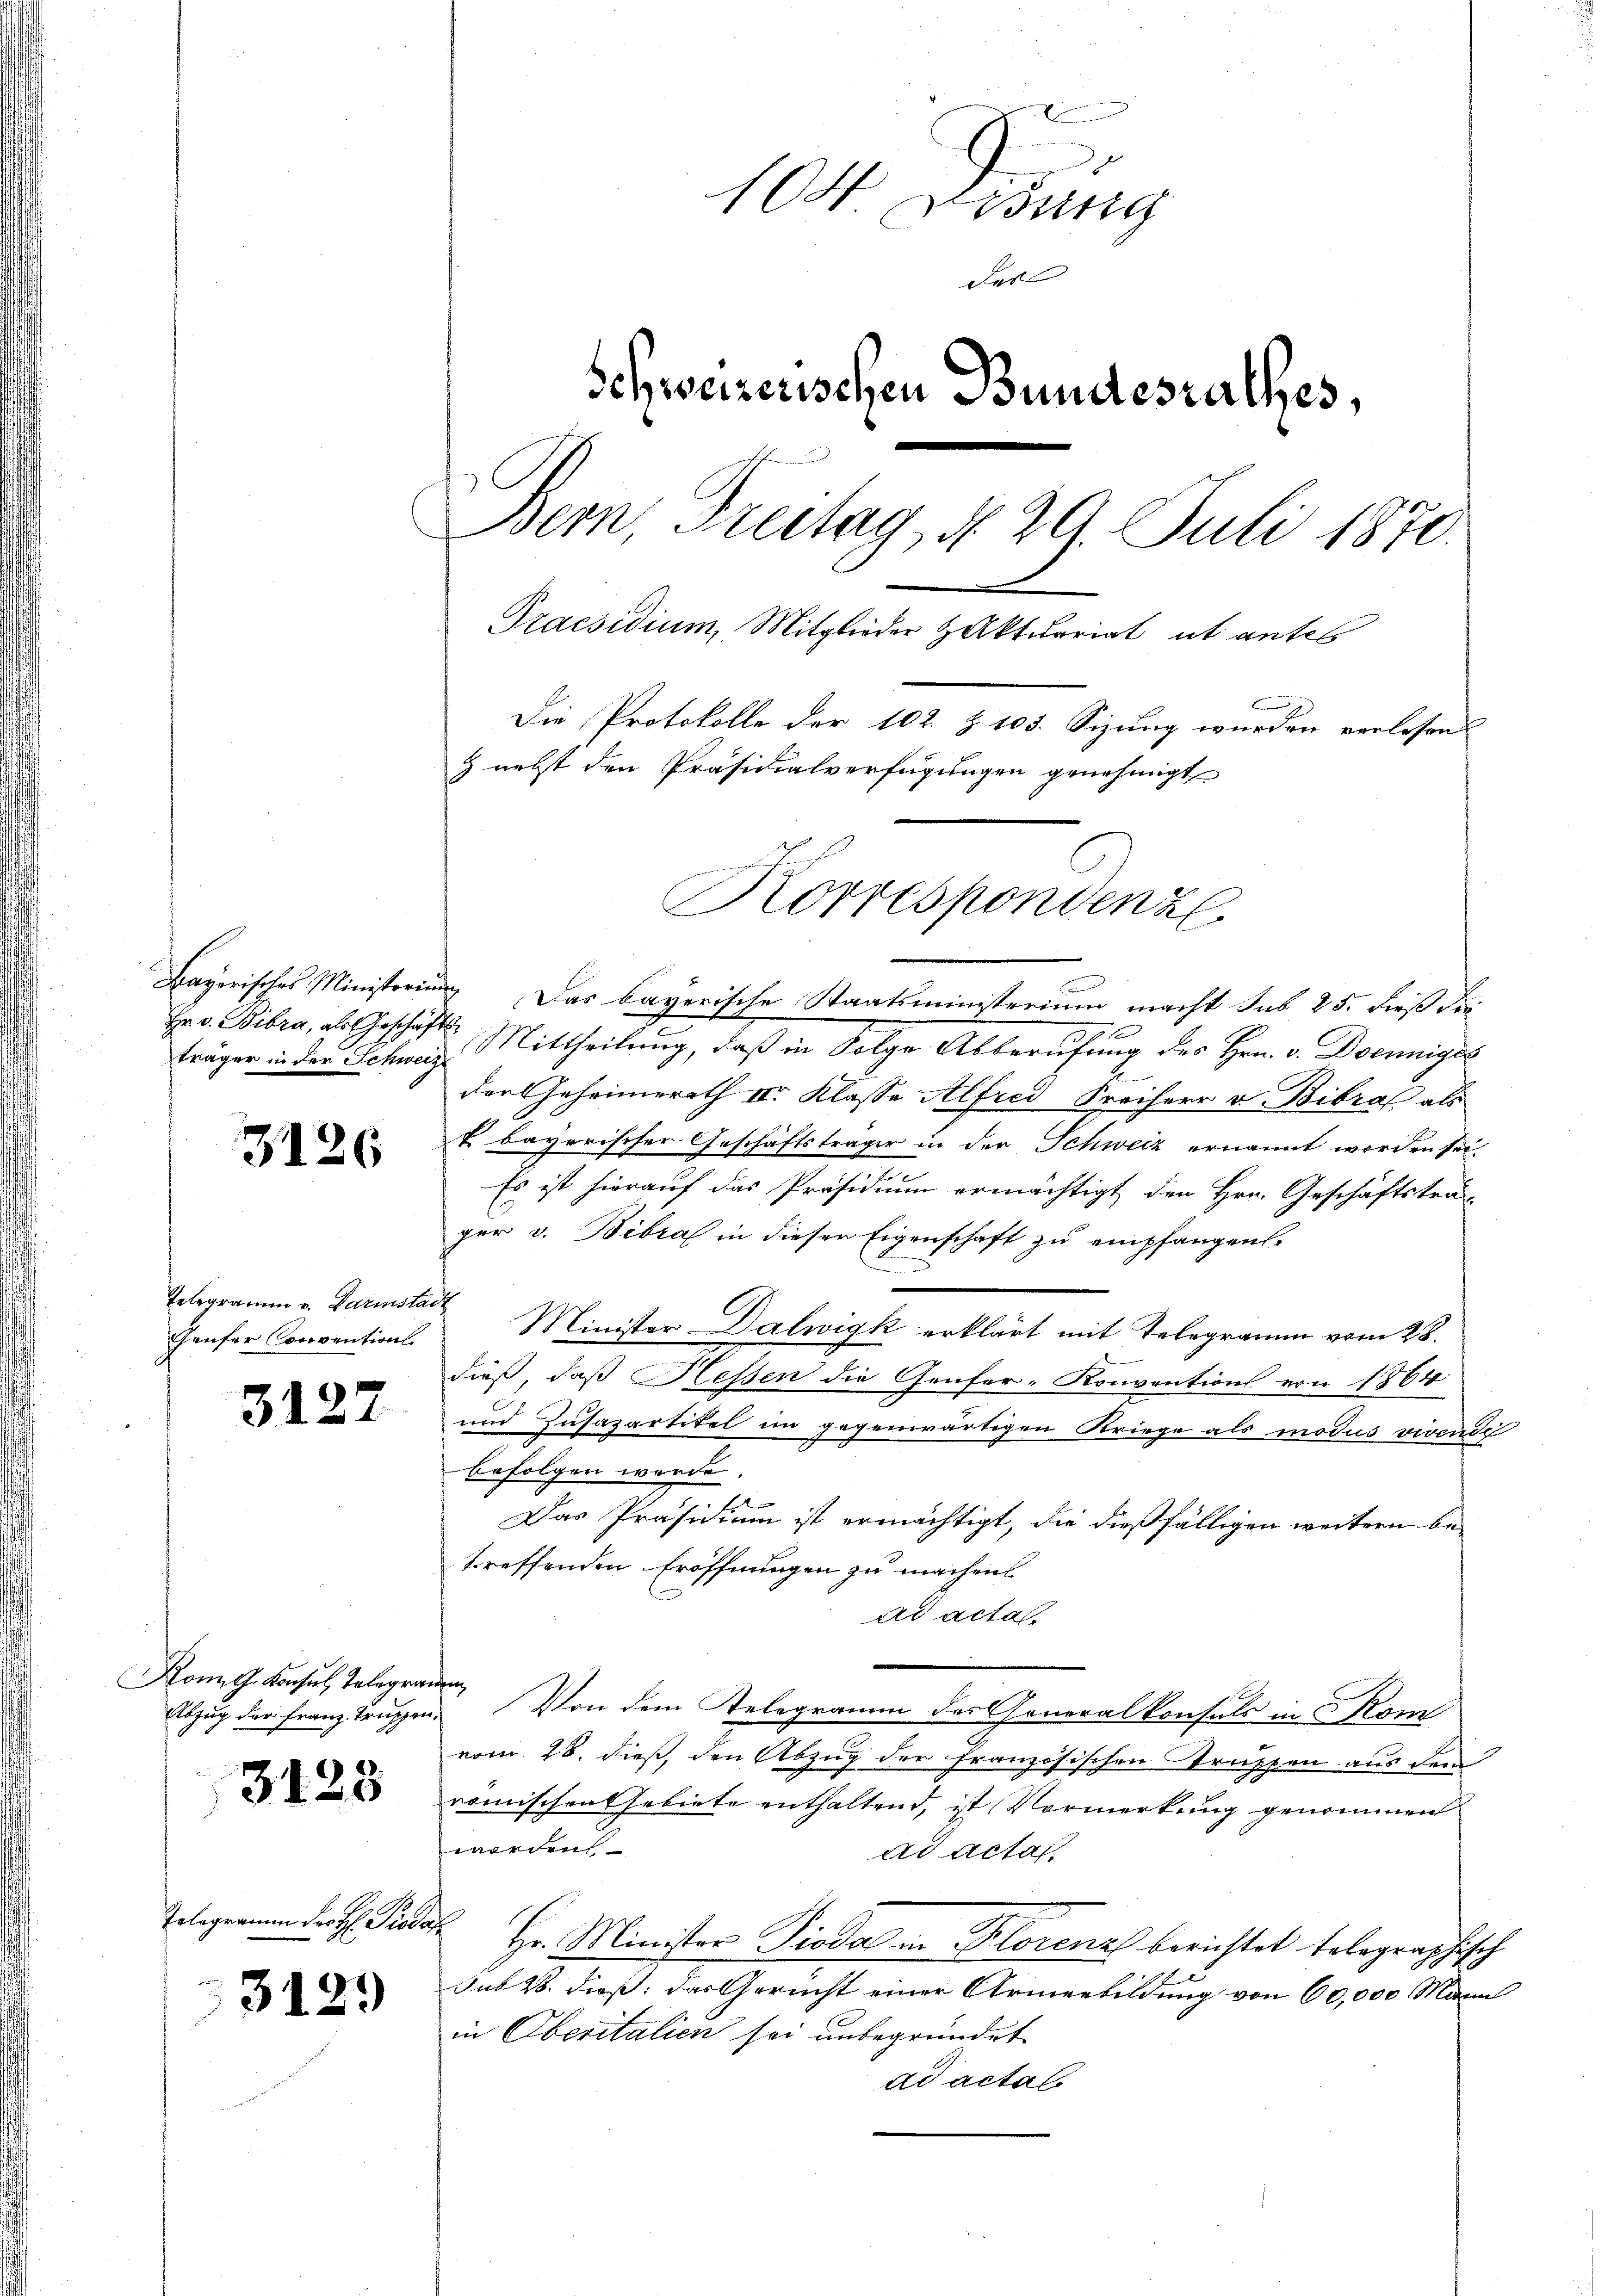
träger in der Schweize

3126

Telegramm u. Darinstan
Gaufer Convention

3127

Kon G. Konsul, Telegran
Abzug der Franz Truppen.

3123

Telegramm der H: Piodar
3129

104. Lesung
das
Schweizenschen Bundesrathes,
Bern, Treitag, d. 29. Juli 1870.
Praesidium, Mitglieder Aktuariat ut antes
Die Protokolle der 102. Z. 103. Sizung wurden verlesen
& nebst den Präsidialverfügungen genehmigt
Korresponden z

E
Bayerisches Ministerium Das bayerische Staatsministerium macht sub. 25. dieß der
3
Hrr. Bibra, als Geschäfts Mittheilŭng, daβ in Folge Abberufung des Hrn. v. Denniges
b
der Geheimerath II. Klasse Alfrei Freiherr v. Bibras als
k. bayerischer Geschäftsträger in der Schweiz ernannt worden sei
Es ist hierauf das Präsidium ermächtigt den Hrn. Geschäftsträ-
ger v. Bibra in dieser Eigenschaft zu empfangen.
n
i
Minister Dalwigk erklärt mit Telegramm vom 28.
dieß, daß Hessen die Genfer-Konventions von 1864
und Zusazartikel im gegenwärtigen Kriege als modus vivendi
befolgen werde.
Das Präsidium ist ermächtigt, die dießfälligen weitern be-
treffenden Eröffnungen zu machen
ad acta.
E
 Von dem Telegramm des Generalkonsuls in Kom
vom 28. dieß, den Abzug der Französischen Truppen aus dem
römischen Gebiete enthaltend, ist Vormerkung genommen
werden
ad acta
 Hr. Minister Pioda in Klorenz berichtet telegraphisch
sub 28. dieß, das Gericht einer Armenbildung von 60,000 Mann
in Oberitalien sei unbegründet
ad actal